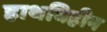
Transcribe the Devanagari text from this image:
हाथविहीन